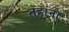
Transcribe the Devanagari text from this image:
तहांना